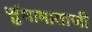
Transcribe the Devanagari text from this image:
सुंधामाताजी